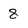
Character: 8